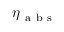
\eta _ { \mathrm { ~ a ~ b ~ s ~ } }